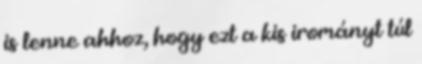
is lenne ahhoz, hogy ezt a kis irományt túl